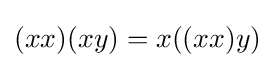
(xx)(xy)=x((xx)y)